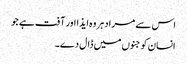
اس سے مراد ہر وہ ایذا اور آفت ہے جو
انسان کو جنوں میں ڈال دے۔